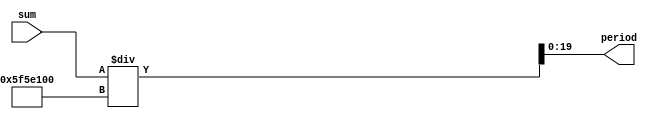
// Calculate_Period.v
// Developed by Jesus Adrian Guerra with help from Rhyan Johnson and Jeneane Amin
// Calculates Period 

module CalculatePeriod(

    input [19:0] sum,
    output [19:0] period
);
assign period = sum / 100000000 ;

endmodule